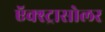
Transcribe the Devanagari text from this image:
ऍक्स्ट्रासोलर